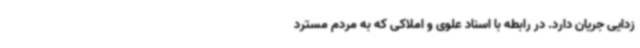
زدایی جریان دارد. در رابطه با اسناد علوی و املاکی که به مردم مسترد